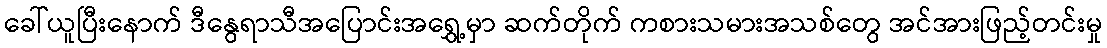
ခေါ်ယူပြီးနောက် ဒီနွေရာသီအပြောင်းအရွှေ့မှာ ဆက်တိုက် ကစားသမားအသစ်တွေ အင်အားဖြည့်တင်းမှု